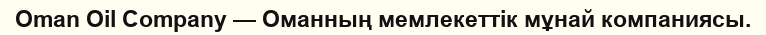
Oman Oil Company — Оманның мемлекеттік мұнай компаниясы.